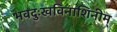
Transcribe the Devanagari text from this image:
भवदुःखविनाशिनीम्